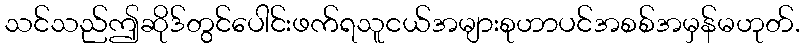
သင်သည်ဤဆိုဒ်တွင်ပေါင်းဖက်ရသူငယ်အများစုဟာပင်အစစ်အမှန်မဟုတ်.